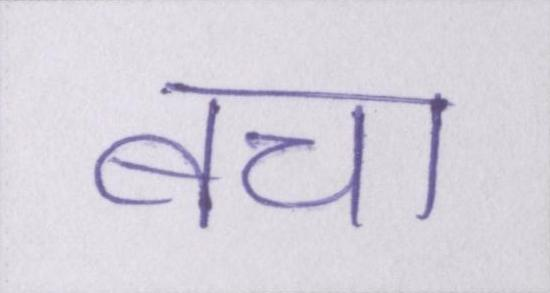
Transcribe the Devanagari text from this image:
बचा